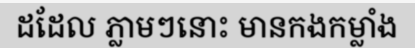
ដដែល ភ្លាមៗនោះ មានកងកម្លាំង